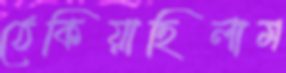
ঠেকিয়াছিলাম